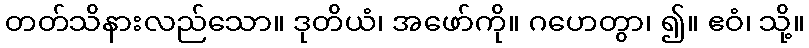
တတ်သိနားလည်သော။ ဒုတိယံ၊ အဖော်ကို။ ဂဟေတွာ၊ ၍။ ဧဝံ၊ သို့။